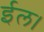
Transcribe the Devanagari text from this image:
ईल।